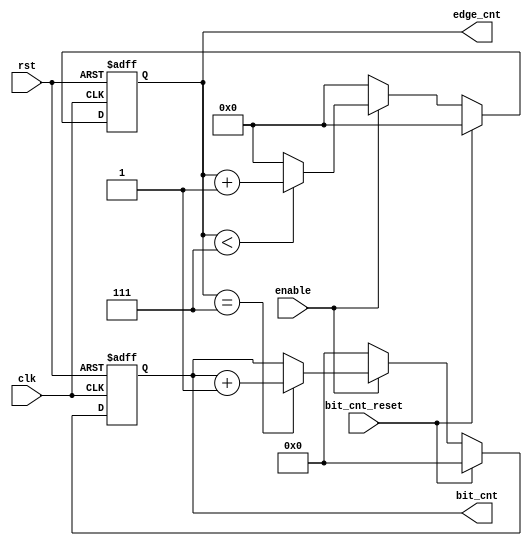
module edge_bit_counter (
    input wire            enable,
    input wire            clk,
    input wire            rst,
    input wire            bit_cnt_reset,
    output reg [3:0]      bit_cnt,
    output reg [4:0]      edge_cnt

);
always @(negedge clk , negedge rst)
begin
    if(!rst)
    begin
        bit_cnt<=4'b0;
        edge_cnt<=5'b0;
    end
    else
    begin
        if(bit_cnt_reset)
        begin
            bit_cnt<=0;
            edge_cnt<=0;
        end
        else if(enable)
        begin
            
            if(edge_cnt < 7)
            begin
                edge_cnt<= edge_cnt +1;
            end
            else
            begin
                edge_cnt<= 0;
            end
            if(edge_cnt== 7)
            begin
                bit_cnt<=bit_cnt+1;
            end
        end
        else
        begin
        edge_cnt<=5'b0;
        bit_cnt<=4'b0;
        end
    end
end
endmodule